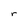
Character: r